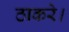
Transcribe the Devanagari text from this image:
ठाकरे।